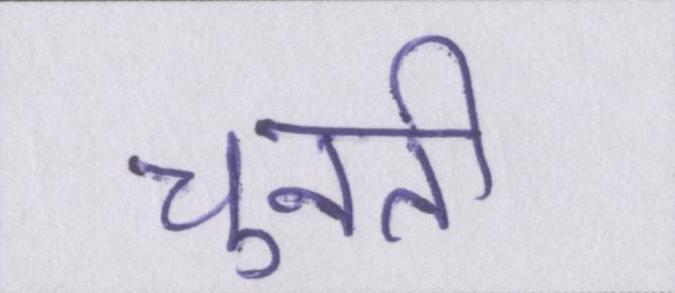
चुनती